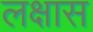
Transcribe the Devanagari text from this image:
लक्षास